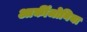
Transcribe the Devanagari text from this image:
आर्कीजोनिया